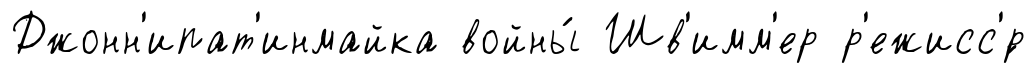
Джонн'ипат'инмайка войны́ Шв'имм'ер р'ежисс'́р